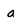
Character: a